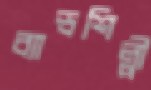
ব্যান্ডশিল্পী